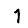
Digit: 1